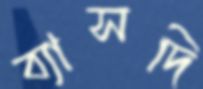
ব্যাসদি